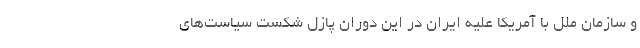
و سازمان ملل با آمریکا علیه ایران در این دوران پازل شکست سیاست­های